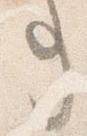
事